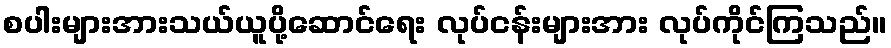
စပါးများအားသယ်ယူပို့ဆောင်ရေး လုပ်ငန်းများအား လုပ်ကိုင်ကြသည်။